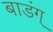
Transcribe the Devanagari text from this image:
बाडंग्